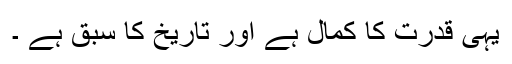
یہی قدرت کا کمال ہے اور تاریخ کا سبق ہے ۔